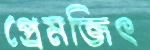
প্রেমজিৎ